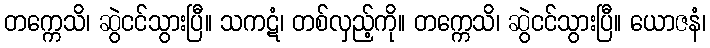
တက္ကေသိ၊ ဆွဲငင်သွားပြီ။ သကဋံ၊ တစ်လှည့်ကို။ တက္ကေသိ၊ ဆွဲငင်သွားပြီ။ ယောဇနံ၊